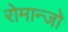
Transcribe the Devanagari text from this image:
रोमान्जो